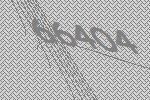
66404